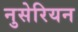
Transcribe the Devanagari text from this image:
नुसेरियन